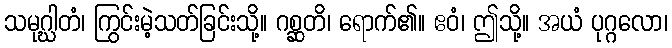
သမုဂ္ဃါတံ၊ ကြွင်းမဲ့သတ်ခြင်းသို့။ ဂစ္ဆတိ၊ ရောက်၏။ ဧဝံ၊ ဤသို့။ အယံ ပုဂ္ဂလော၊